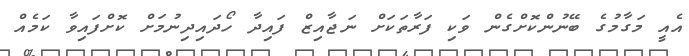
އެއީ މަގާމުގެ ބޭނުންކޮށްގެން ވަކި ފަރާތަކަށް ނަޖާއިޒް ފައިދާ ހޯދައިދިނުމަށް ކޮށްފައިވާ ކަމެއް